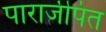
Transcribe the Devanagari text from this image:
पाराजीपंत